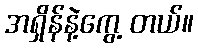
အရှိန်နဲ့ကွေ့ တယ်။